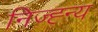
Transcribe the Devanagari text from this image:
निज्ह्न्य